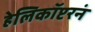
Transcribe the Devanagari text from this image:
हेलिकॉप्टरनं